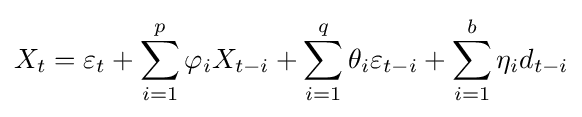
X_{t}=\varepsilon _{t}+\sum _{i=1}^{p}\varphi _{i}X_{t-i}+\sum _{i=1}^{q}\theta _{i}\varepsilon _{t-i}+\sum _{i=1}^{b}\eta _{i}d_{t-i}